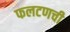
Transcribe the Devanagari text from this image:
फलटणची